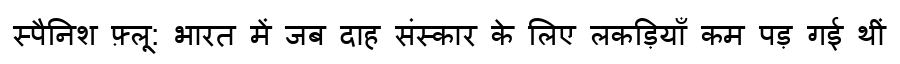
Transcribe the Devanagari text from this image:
स्पैनिश फ़्लू: भारत में जब दाह संस्कार के लिए लकड़ियाँ कम पड़ गई थीं